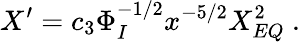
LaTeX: X^{\prime}=c_{3}\Phi_{I}^{-1/2}x^{-5/2}X_{EQ}^{2}\ .